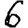
Digit: 6